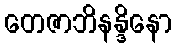
တေဇာဘိနန္ဒိနော